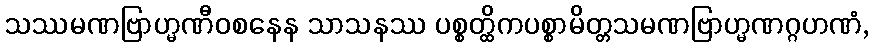
သဿမဏဗြာဟ္မဏီဝစနေန သာသနဿ ပစ္စတ္ထိကပစ္စာမိတ္တသမဏဗြာဟ္မဏဂ္ဂဟဏံ,